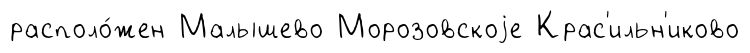
располо́жен Малышево Морозовскоjе Крас'ильн'иково